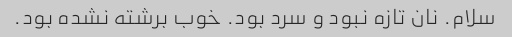
سلام. نان تازه نبود و سرد بود. خوب برشته نشده بود.